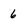
Character: 6